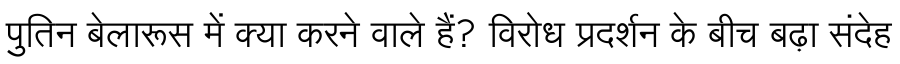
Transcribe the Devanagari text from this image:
पुतिन बेलारूस में क्या करने वाले हैं? विरोध प्रदर्शन के बीच बढ़ा संदेह